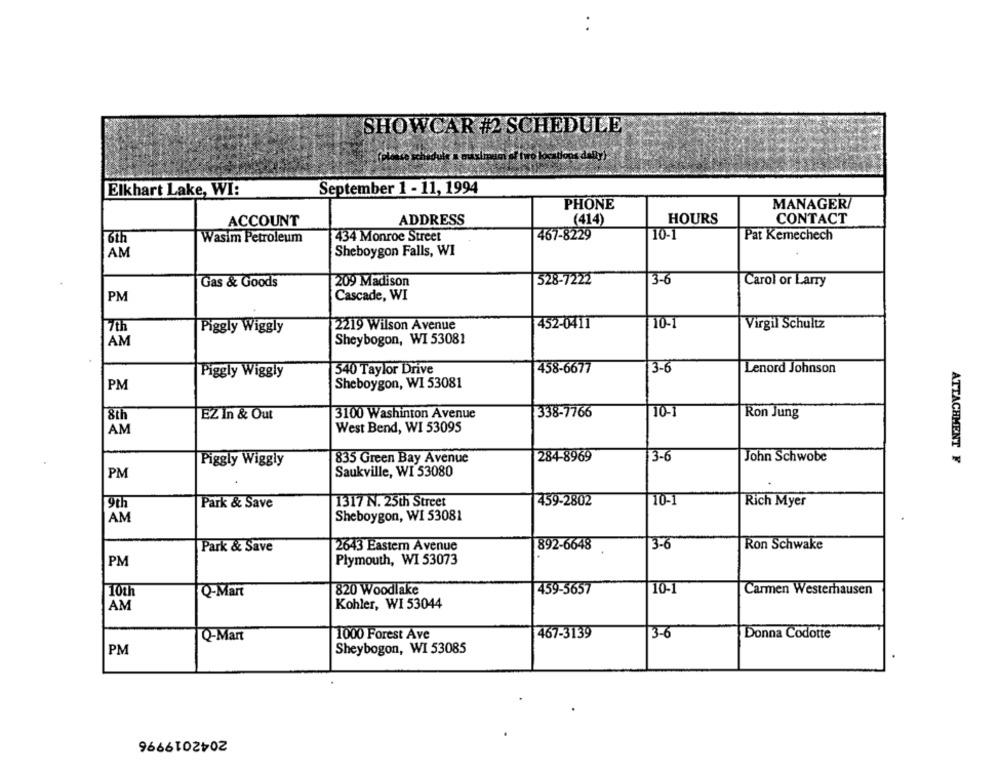
SHOWCAR #2 SCHEDULE
Elkhart Lake, WI:
September 1 - 11, 1994
PHONE
MANAGER/
ACCOUNT
ADDRESS
(414)
HOURS
CONTACT
6th
Wasim Petroleum
434 Monroe Street
467-8229
10-
Pat Kemechech
AM
Sheboygon Falls, WI
3-6
Gas & Goods
209 Madison
528-7222
Carol or Larry
PM
Cascade, WI
2219 Wilson Avenue
452-0411
10-
Virgil Schultz
7th
Piggly Wiggly
AM
Sheybogon, WI 53081
540 Taylor Drive
458-6677
3-6
Lenord Johnson
Piggly Wiggly
PM
Sheboygon, W1 53081
EZ In & Out
3100 Washinton Avenue
338-7766
10-
Ron Jung
AM
West Bend, WI 53095
284-8969
3-6
John Schwobe
ATTACHMENT F
Piggly Wiggly
835 Green Bay Avenue
PM
Saukville, WI 53080
Park & Save
1317 N. 25th Street
459-2802
10-1
Rich Myer
9th
AM
Sheboygon, WI 53081
Park & Save
2643 Eastem Avenue
892-6648
3-6
Ron Schwake
Plymouth, WI 53073
PM
459-5657
10-1
Carmen Westerhausen
10th
Q-Mart
820 Woodlake
Kohler, WI 53044
AM
Q-Mart
1000 Forest Ave
467-3139
3-6
Donna Codotte
PM
Sheybogon, WI 53085
2042019996